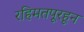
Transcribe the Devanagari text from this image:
रहिमतपूरहून